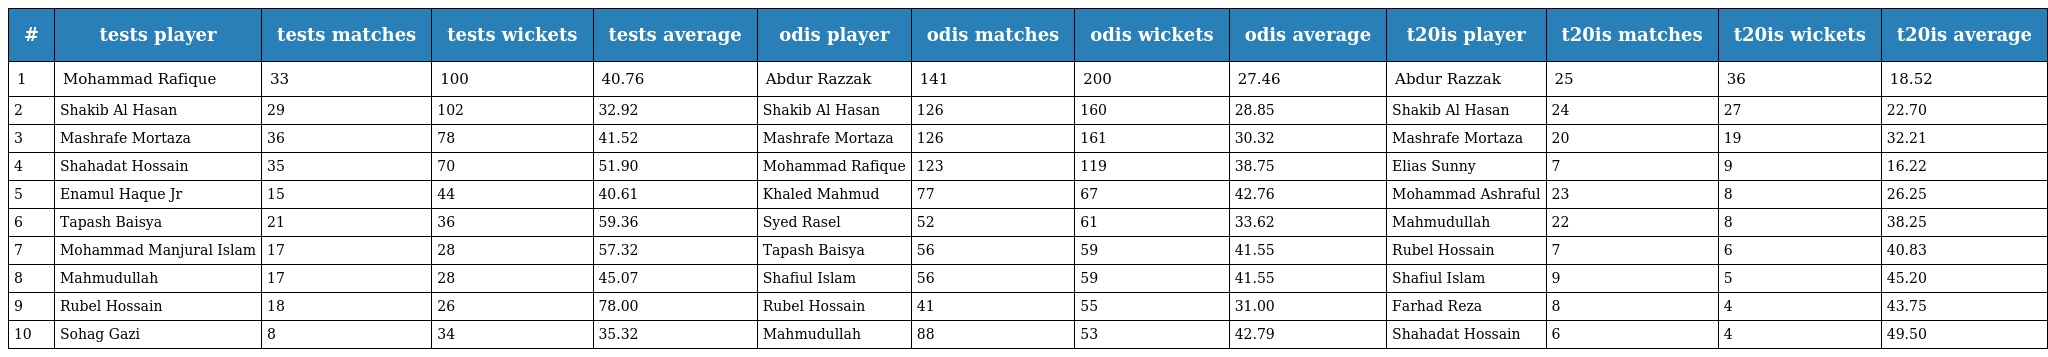
| # | tests player | tests matches | tests wickets | tests average | odis player | odis matches | odis wickets | odis average | t20is player | t20is matches | t20is wickets | t20is average |
 | --- | --- | --- | --- | --- | --- | --- | --- | --- | --- | --- | --- | --- |
 | 1 | Mohammad Rafique | 33 | 100 | 40.76 | Abdur Razzak | 141 | 200 | 27.46 | Abdur Razzak | 25 | 36 | 18.52 |
 | 2 | Shakib Al Hasan | 29 | 102 | 32.92 | Shakib Al Hasan | 126 | 160 | 28.85 | Shakib Al Hasan | 24 | 27 | 22.70 |
 | 3 | Mashrafe Mortaza | 36 | 78 | 41.52 | Mashrafe Mortaza | 126 | 161 | 30.32 | Mashrafe Mortaza | 20 | 19 | 32.21 |
 | 4 | Shahadat Hossain | 35 | 70 | 51.90 | Mohammad Rafique | 123 | 119 | 38.75 | Elias Sunny | 7 | 9 | 16.22 |
 | 5 | Enamul Haque Jr | 15 | 44 | 40.61 | Khaled Mahmud | 77 | 67 | 42.76 | Mohammad Ashraful | 23 | 8 | 26.25 |
 | 6 | Tapash Baisya | 21 | 36 | 59.36 | Syed Rasel | 52 | 61 | 33.62 | Mahmudullah | 22 | 8 | 38.25 |
 | 7 | Mohammad Manjural Islam | 17 | 28 | 57.32 | Tapash Baisya | 56 | 59 | 41.55 | Rubel Hossain | 7 | 6 | 40.83 |
 | 8 | Mahmudullah | 17 | 28 | 45.07 | Shafiul Islam | 56 | 59 | 41.55 | Shafiul Islam | 9 | 5 | 45.20 |
 | 9 | Rubel Hossain | 18 | 26 | 78.00 | Rubel Hossain | 41 | 55 | 31.00 | Farhad Reza | 8 | 4 | 43.75 |
 | 10 | Sohag Gazi | 8 | 34 | 35.32 | Mahmudullah | 88 | 53 | 42.79 | Shahadat Hossain | 6 | 4 | 49.50 |